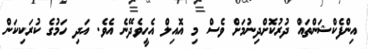
އިންފެކްޝަންތައް ދުރުކޮށްދިނުމަށް ވެސް މި އޮއިލް އެހީވެދޭނެ އެވެ. އަދި ހަމުގެ ކުރަކިކަން